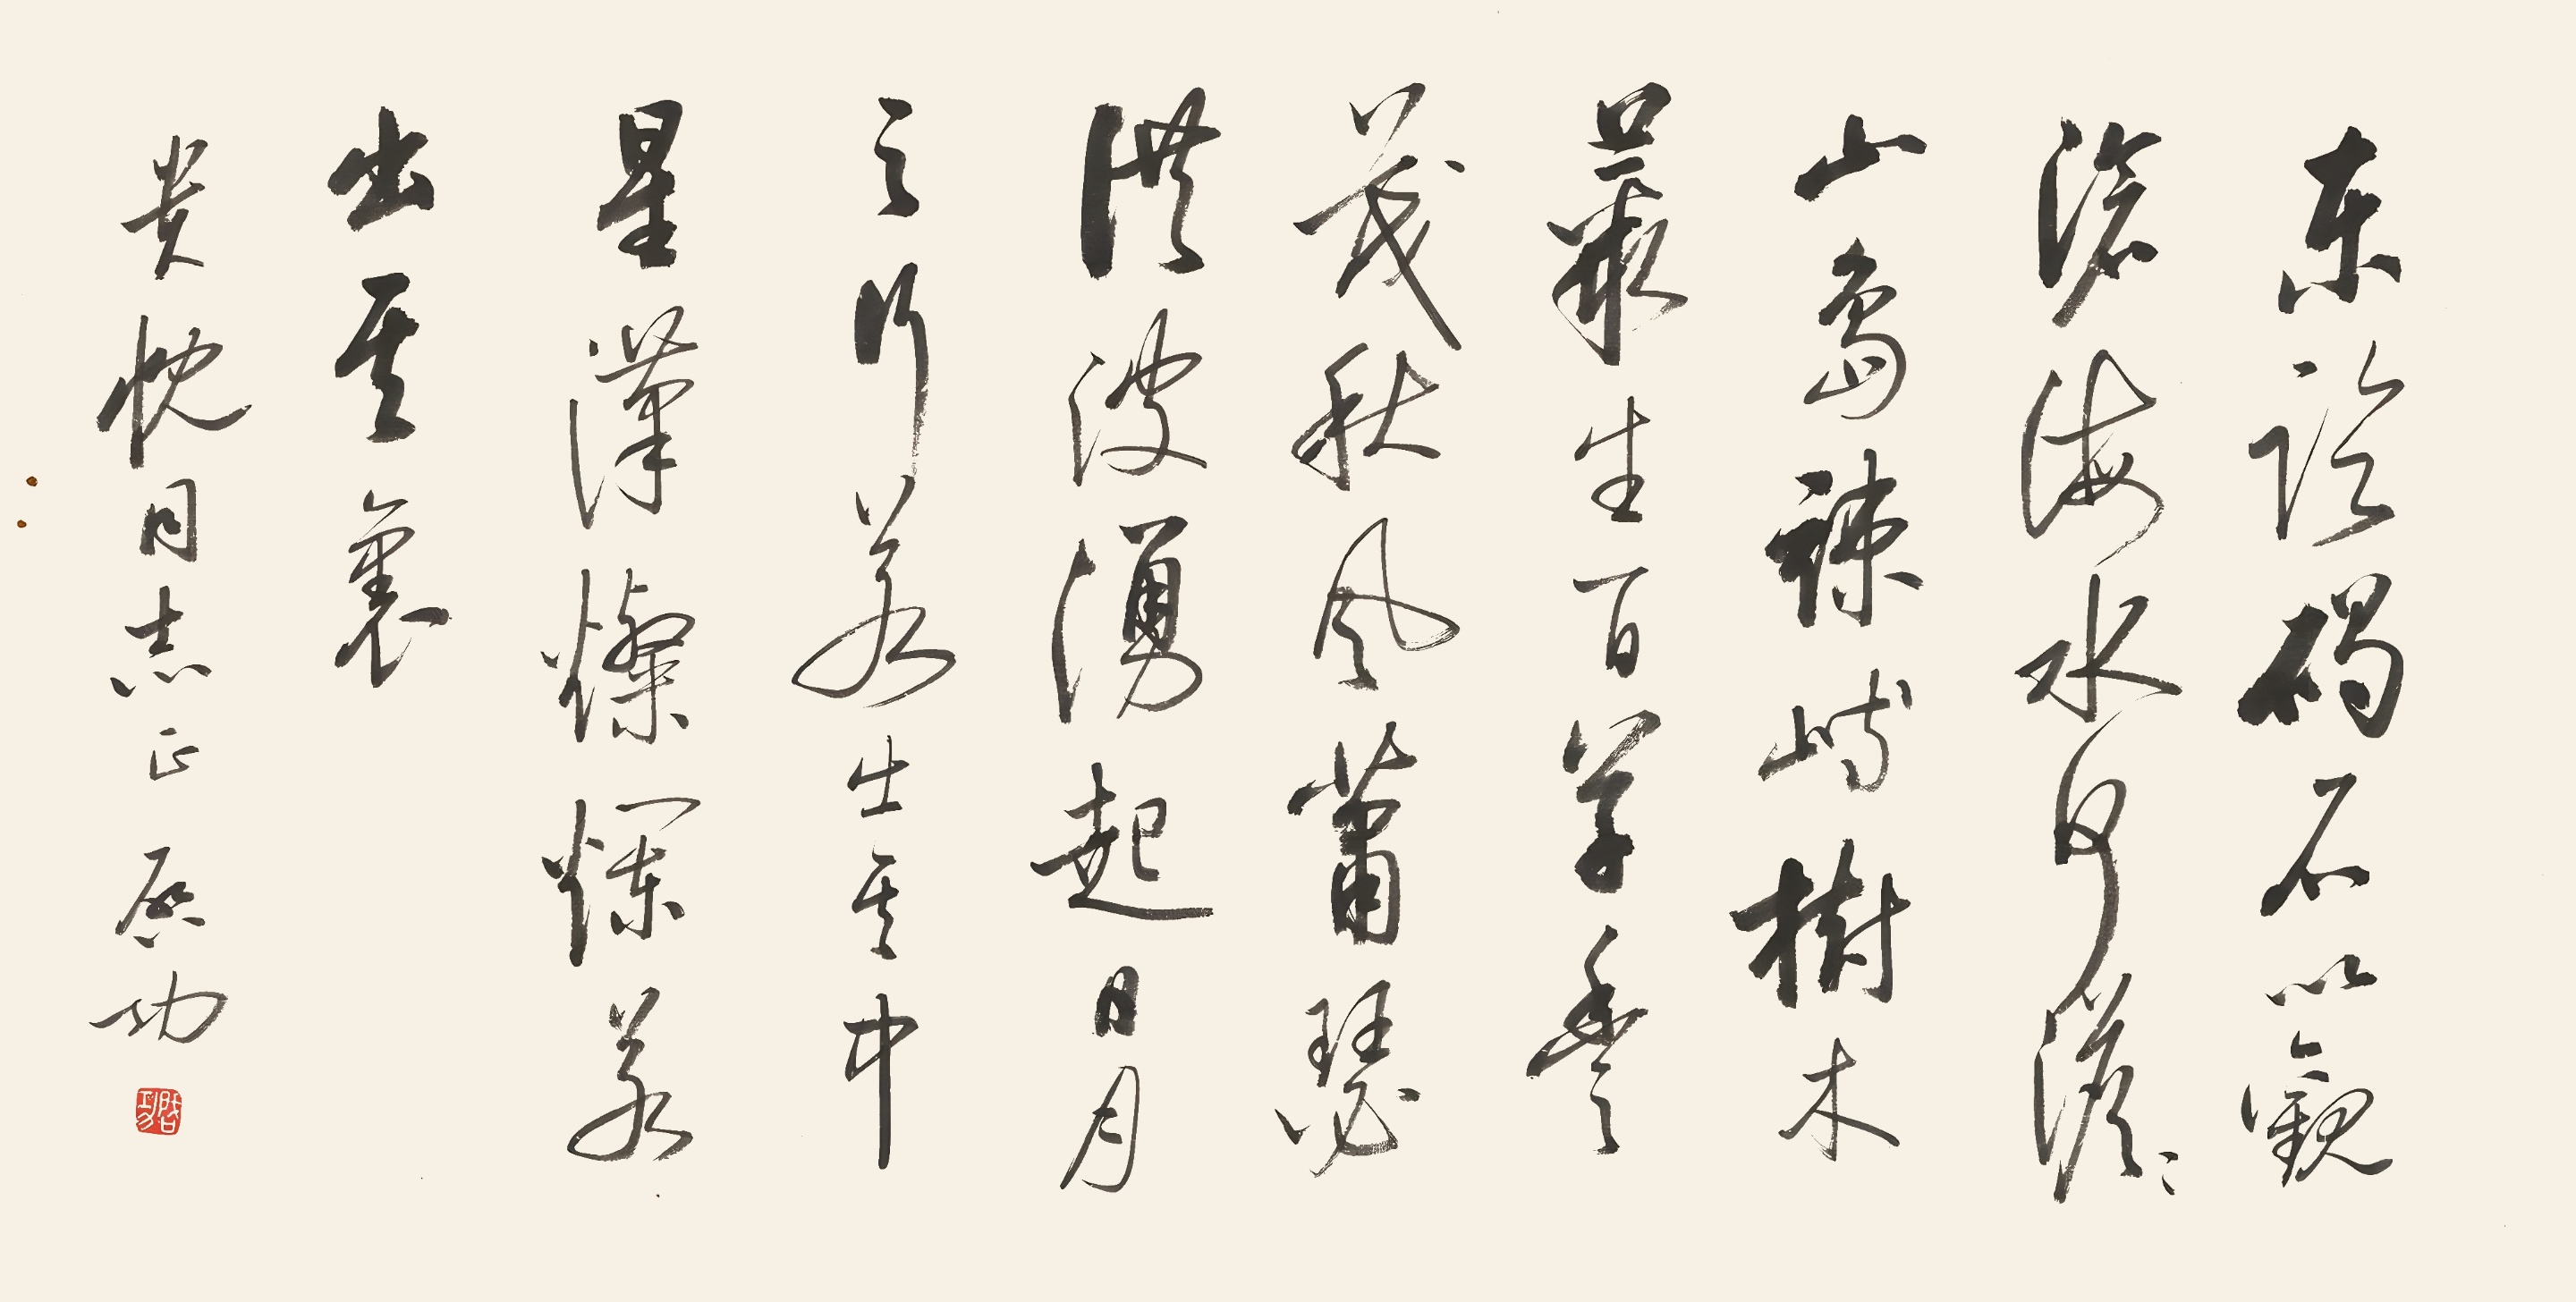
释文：观沧海东临碣石，以观沧海。水何澹澹，山岛竦峙。树木丛生，百草丰茂。秋风萧瑟，洪波涌起。日月之行，若出其中；星汉灿烂，若出其里。幸甚至哉，歌以咏志。贵忱同志正，启功。